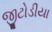
જીટોડીયા